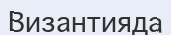
Византияда